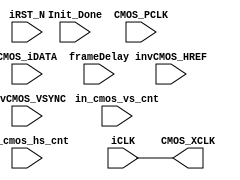
/*-------------------------------------------------------------------------
Description			:		sdram test with uart interface.
Modification History	:
Data			By			Version			Change Description
===========================================================================

--------------------------------------------------------------------------*/

`timescale 1ns/1ns
module CMOS_Capture
(
	//Global Clock
	input				iCLK,			//24MHz
	input				iRST_N,

	//I2C Initilize Done
	input				Init_Done,		//Init Done
	
	//Sensor Interface
	output				CMOS_XCLK,		//24MHz
	input				CMOS_PCLK,		//24MHz
	input	[7:0]		CMOS_iDATA,		//CMOS Data
	input				invCMOS_VSYNC,		//L: Vaild
	input				invCMOS_HREF,		//H: Vaild
	
	//Ouput Sensor Data
/*	
	output	reg			CMOS_oCLK,		//1/2 PCLK
	output	reg	[15:0]	CMOS_oDATA,		//16Bits RGB		
	output	reg			CMOS_VALID,		//Data Enable
	output	reg	[7:0]	CMOS_FPS_DATA,	//cmos fps
*/	
   input wire frameDelay,

	input [11:0] in_cmos_vs_cnt,
	input [11:0] in_cmos_hs_cnt
   //output  [23:0] binaryDATA	
);

assign	CMOS_XCLK = iCLK;		//24MHz XCLK

wire		CMOS_VSYNC;		//L: Vaild
wire		CMOS_HREF;		//H: Vaild

assign   CMOS_VSYNC=~invCMOS_VSYNC;
assign   CMOS_HREF=~invCMOS_HREF;

//reg [23:0] rg_binaryDATA; 
//reg [23:0] rg_binaryDATA_tmp; 
//reg fl_stop;
//assign binaryDATA=rg_binaryDATA;

//-----------------------------------------------------
////Sensor HS & VS Vaild Capture
/**************************************************
________							       ________
VS		|_________________________________|
HS			  _______	 	   _______
_____________|       |__...___|       |____________
**************************************************/
/*
//----------------------------------------------
reg		mCMOS_VSYNC;
always@(posedge CMOS_PCLK)// or negedge iRST_N)
begin
	//if(!iRST_N)
	if (frameDelay==0)
		mCMOS_VSYNC <= 1;
	else
		mCMOS_VSYNC <= CMOS_VSYNC;		//
end
wire	CMOS_VSYNC_over = ({mCMOS_VSYNC,CMOS_VSYNC} == 2'b01) ? 1'b1 : 1'b0;	//VSYNC

//-----------------------------------------------------
//Change the sensor data from 8 bits to 16 bits.

reg			byte_state;		//byte state count
reg [7:0]  	Pre_CMOS_iDATA;
//reg [19:0]  data_count;
always@(posedge CMOS_PCLK)// or negedge iRST_N)
begin
	//if(!iRST_N)
	if (frameDelay==0)
		begin
		byte_state <= 0;
		Pre_CMOS_iDATA <= 8'd0;
		CMOS_oDATA <= 16'd0;
		//fl_stop<=0;
		//rg_binaryDATA_tmp<=0;
		//rg_binaryDATA<=0;
		//data_count<=0;
		end
	else
		begin
		 if(CMOS_VSYNC & CMOS_HREF)			//{first_byte, second_byte} 
			begin
			//if (fl_stop==0) rg_binaryDATA_tmp<=rg_binaryDATA_tmp+1; 
			//if (Pre_CMOS_iDATA<255) Pre_CMOS_iDATA<=Pre_CMOS_iDATA+1;
			//else Pre_CMOS_iDATA<=0;
			byte_state <= byte_state + 1'b1;	//RGB565 = {first_byte, second_byte}
			case(byte_state)
			1'b0 :	CMOS_oDATA[7:0]<=CMOS_iDATA;//Pre_CMOS_iDATA[7:0] <= CMOS_iDATA;
			1'b1 : 	CMOS_oDATA[7:0]<=CMOS_iDATA;//CMOS_oDATA[15:0] <= {Pre_CMOS_iDATA[7:0], CMOS_iDATA[7:0]};
			endcase
			end
		 else
			begin
			//if (fl_stop==0) begin
			  //fl_stop<=1;
			  //rg_binaryDATA<=rg_binaryDATA_tmp;
			//end;  
			byte_state <= 0;
			Pre_CMOS_iDATA <= 8'd0;
			CMOS_oDATA <= CMOS_oDATA;
			end
		 end
end

//--------------------------------------------
//Wait for Sensor output Data valid 10 Franme
reg	[3:0] 	Frame_Cont;
reg 		Frame_valid;
always@(posedge CMOS_PCLK)// or negedge iRST_N)
begin
	//if(!iRST_N)
	if (frameDelay==0) begin
		Frame_Cont <= 0;
		Frame_valid <= 0;
	end
	//else if(Init_Done)					//CMOS I2C
	else
		begin
		 //if (CMOS_VSYNC==1)	Frame_valid <= 1;
		 Frame_valid <= 1;
		end
end

//-----------------------------------------------------
//CMOS_DATA
always@(posedge CMOS_PCLK)// or negedge iRST_N)
begin
	//if(!iRST_N)
	if (frameDelay==0)
		CMOS_oCLK <= 0;
	else if(Frame_valid == 1'b1 && byte_state)//(X_Cont >= 12'd1 && X_Cont <= H_DISP))
		CMOS_oCLK <= ~CMOS_oCLK;
	else
		CMOS_oCLK <= 0;
end

//----------------------------------------------------
//CMOS_VALID
always@(posedge CMOS_PCLK)// or negedge iRST_N)
begin
	//if(!iRST_N)
	if (frameDelay==0)
		CMOS_VALID <= 0;
	else if(Frame_valid == 1'b1)
		CMOS_VALID <= CMOS_VSYNC;
	else
		CMOS_VALID <= 0;
end
*/
endmodule